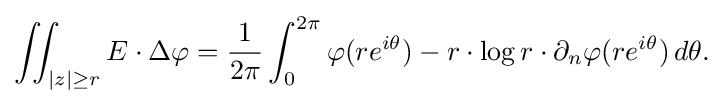
\displaystyle {\iint _{|z|\geq r}E\cdot \Delta \varphi ={1 \over 2\pi }\int _{0}^{2\pi }\varphi (re^{i\theta })-r\cdot \log r\cdot \partial _{n}\varphi (re^{i\theta })\,d\theta .}